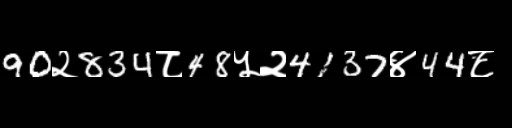
Text: 90२834८48५२4137४44८